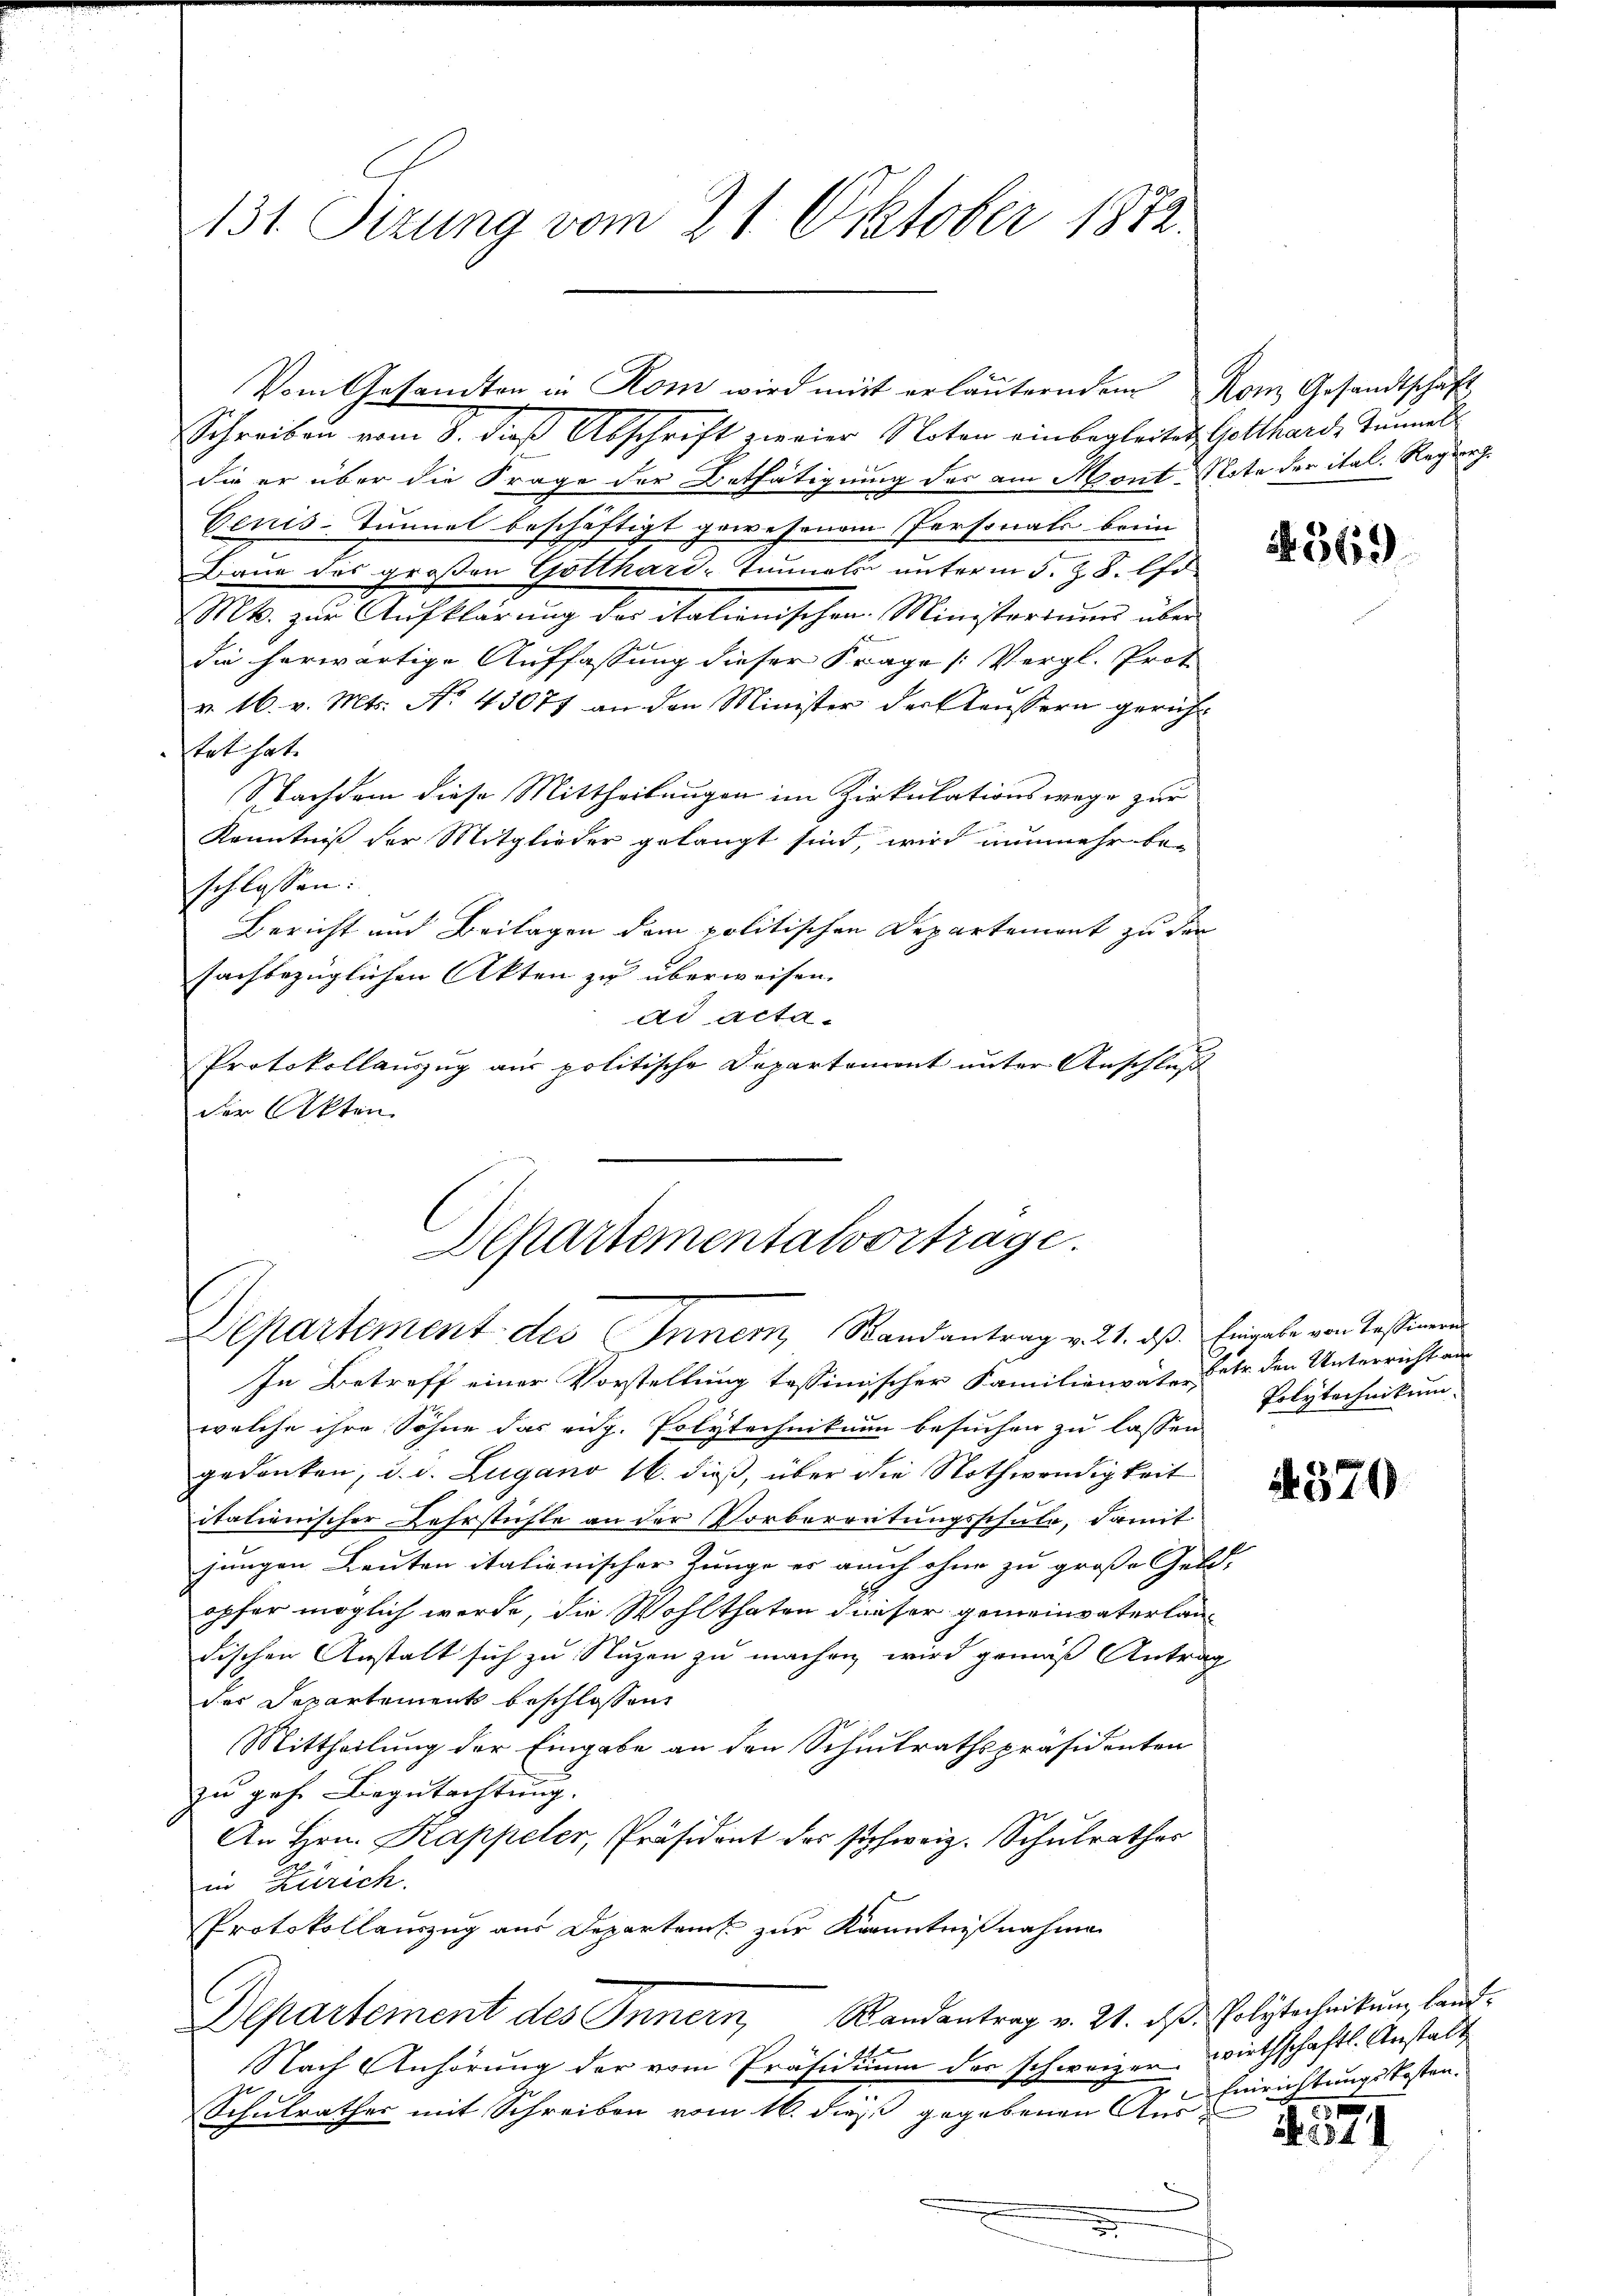
131. Sitzung vom 21. Oktober 1872.

Schreiben vom 8. dieß Abschrift zweier Noten einbegleitet Gotthard, Tunnel
die er über die Frage der Bethätigung des am Mont Note der ital. Regier
Genis-Tunnel beschäftigt gewesenem Personals beim
Baue des großen Gotthard-Tunnels unterm 5. Z. 8. d.
Mk. zur Aufklärung der italienischen Ministorium über
die herwärtige Auffassung dieser Frage [Vergl. Prot
v. 16. v. Mts. No. 45077 an den Minister der Haussern gericht
tet hat. |
Nachdem diese Mittheilungen im Zirkulationswege zur
Kenntniß der Mitglieder gelangt sind, wird nunmehr be-
schlossen:
Bericht und Beilagen dem politischen Departement zu den
sachbezüglichen Akten zu überweisen. |
ad acta
Protokollauszug aus politische Departement unter Anschluß
der Akten

Vom Gesandten in Rom wird mit erläuterndem Rom Gesandtschaft

Departementalvortrage.
Departement des Innern, Randantrag v. 21. daß Eingabe von Tessinen

In Betreff einer Vorstellung tessimischer Familienväter den Unterricht an
welche ihre Söhne das eidg. Polytechnikum besuchen zu lassen
gedanken, d. d. Zugano 16. dieß, über die Nothwendigkeit
itationischer Lehrstühle an der Vorbereitungsschule, damit
jungen Leuten italionischer Junge er auch ohne zu große Geld-
opfer möglich werde, die Wohlthaten dieser gemeinvaterlandischen Anstalt sich zu Nuzen zu machen wird gemäß Antrag
der Departements beschlossen,
Mittheilung der Eingabe an den Schulrathspräsidenten
zu gehe Begutachtung.
An Hrn. Kappeler, Präsident des schweiz. Schulrathes
in Zürich.
Protokollauszug aus Departen zur Kenntnißnahme
Departement des Innern Randantrag v. 21. dß. Polytechnikum, land¬
Nach Anhörung der vom Präsidium des schweizer
Schulrathes mit Schreiben vom 16. dieß gegebenen Aus Einrichtungskostene
.

569

Polytechnikum.

4370

wirthschaftl. Anstalt

4371